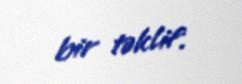
bir təklif.